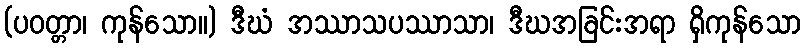
(ပဝတ္တာ၊ ကုန်သော။) ဒီဃံ အဿာသပဿာသာ၊ ဒီဃအခြင်းအရာ ရှိကုန်သော